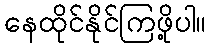
နေထိုင်နိုင်ကြဖို့ပါ။